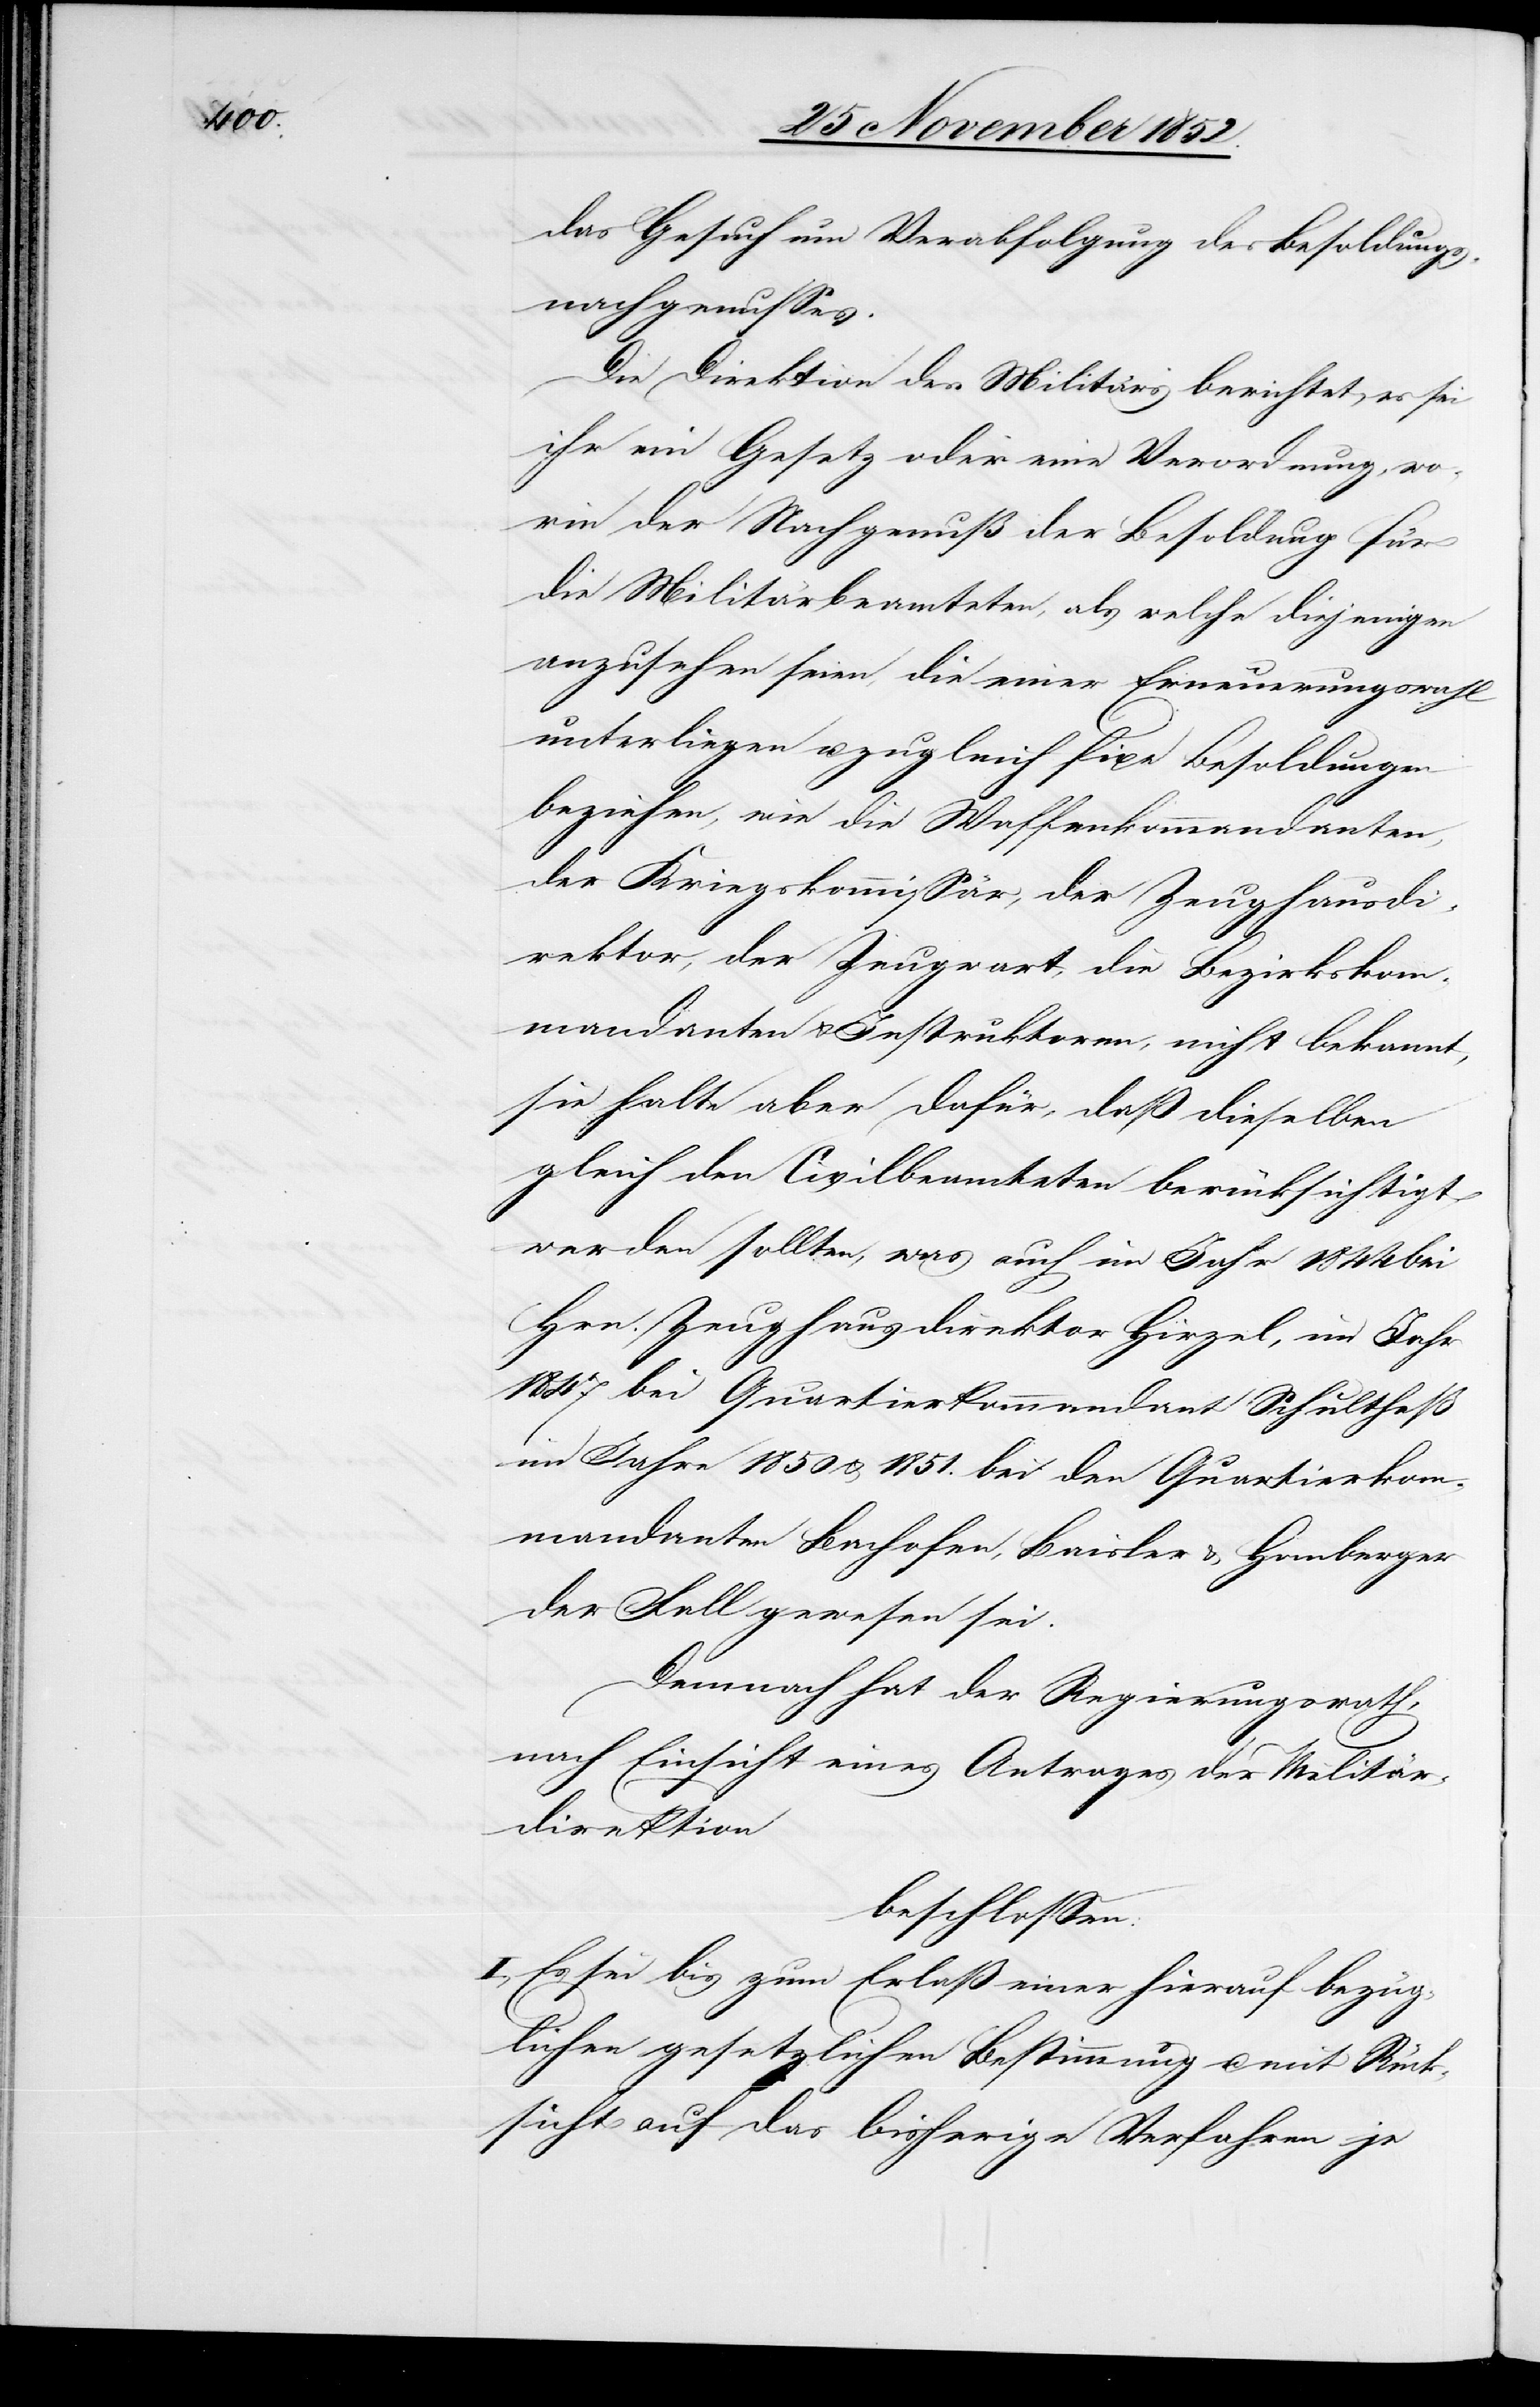
das Gesuch um Verabfolgung des Besoldungs¬
nachgenusses.
Die Direktion des Militärs berichtet, es sei
ihr ein Gesetz oder eine Verordnung, wo¬
rin der Nachgenuß der Besoldung für
die Militärbeamteten, als welche diejenigen
anzusehen seien, die einer Erneuerungswahl
unterliegen u. zugleich fixe Besoldungen
beziehen, wie die Waffenkommandanten,
der Kriegskommissär, der Zeughausdi¬
rektor, der Zeugwart, die Bezirkskom¬
mandanten & Instruktoren, nicht bekannt,
sie halte aber dafür, daß dieselben
gleich den Civilbeamteten berücksichtigt
werden sollten, was auch im Jahr 1844 bei
Hrn. Zeughausdirektor Hirzel, im Jahr
1847 bei Quartierkommandant Schultheß[,]
im Jahre 1850 & 1851. bei den Quartierkom¬
mandanten Bachofen, Baisler & Homberger
der Fall gewesen sei.
Demnach hat der Regierungsrath,
nach Einsicht eines Antrages der Militär¬
direktion
beschlossen:
I., Es sei bis zum Erlaß einer hierauf bezüg¬
lichen gesetzlichen Bestimmung u. mit Rück¬
sicht auf das bisherige Verfahren je